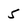
Character: 5